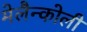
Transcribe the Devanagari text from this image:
मेलैन्कोली